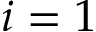
i = 1